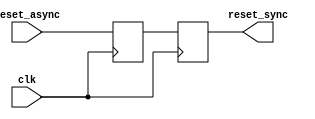
module async_reset_synchronizer (
    input wire reset_async,  // Asynchronous reset input
    input wire clk,          // Clock input
    output reg reset_sync    // Synchronized reset output
);

    // Internal signals for double-register synchronization
    reg reset_sync_1; // First stage of synchronization

    always @(posedge clk) begin
        // Sample the asynchronous reset signal on the rising edge of the clock
        reset_sync_1 <= reset_async; // First flip-flop
        reset_sync <= reset_sync_1;   // Second flip-flop
    end

endmodule